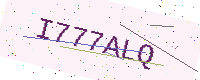
Text: I777ALQ